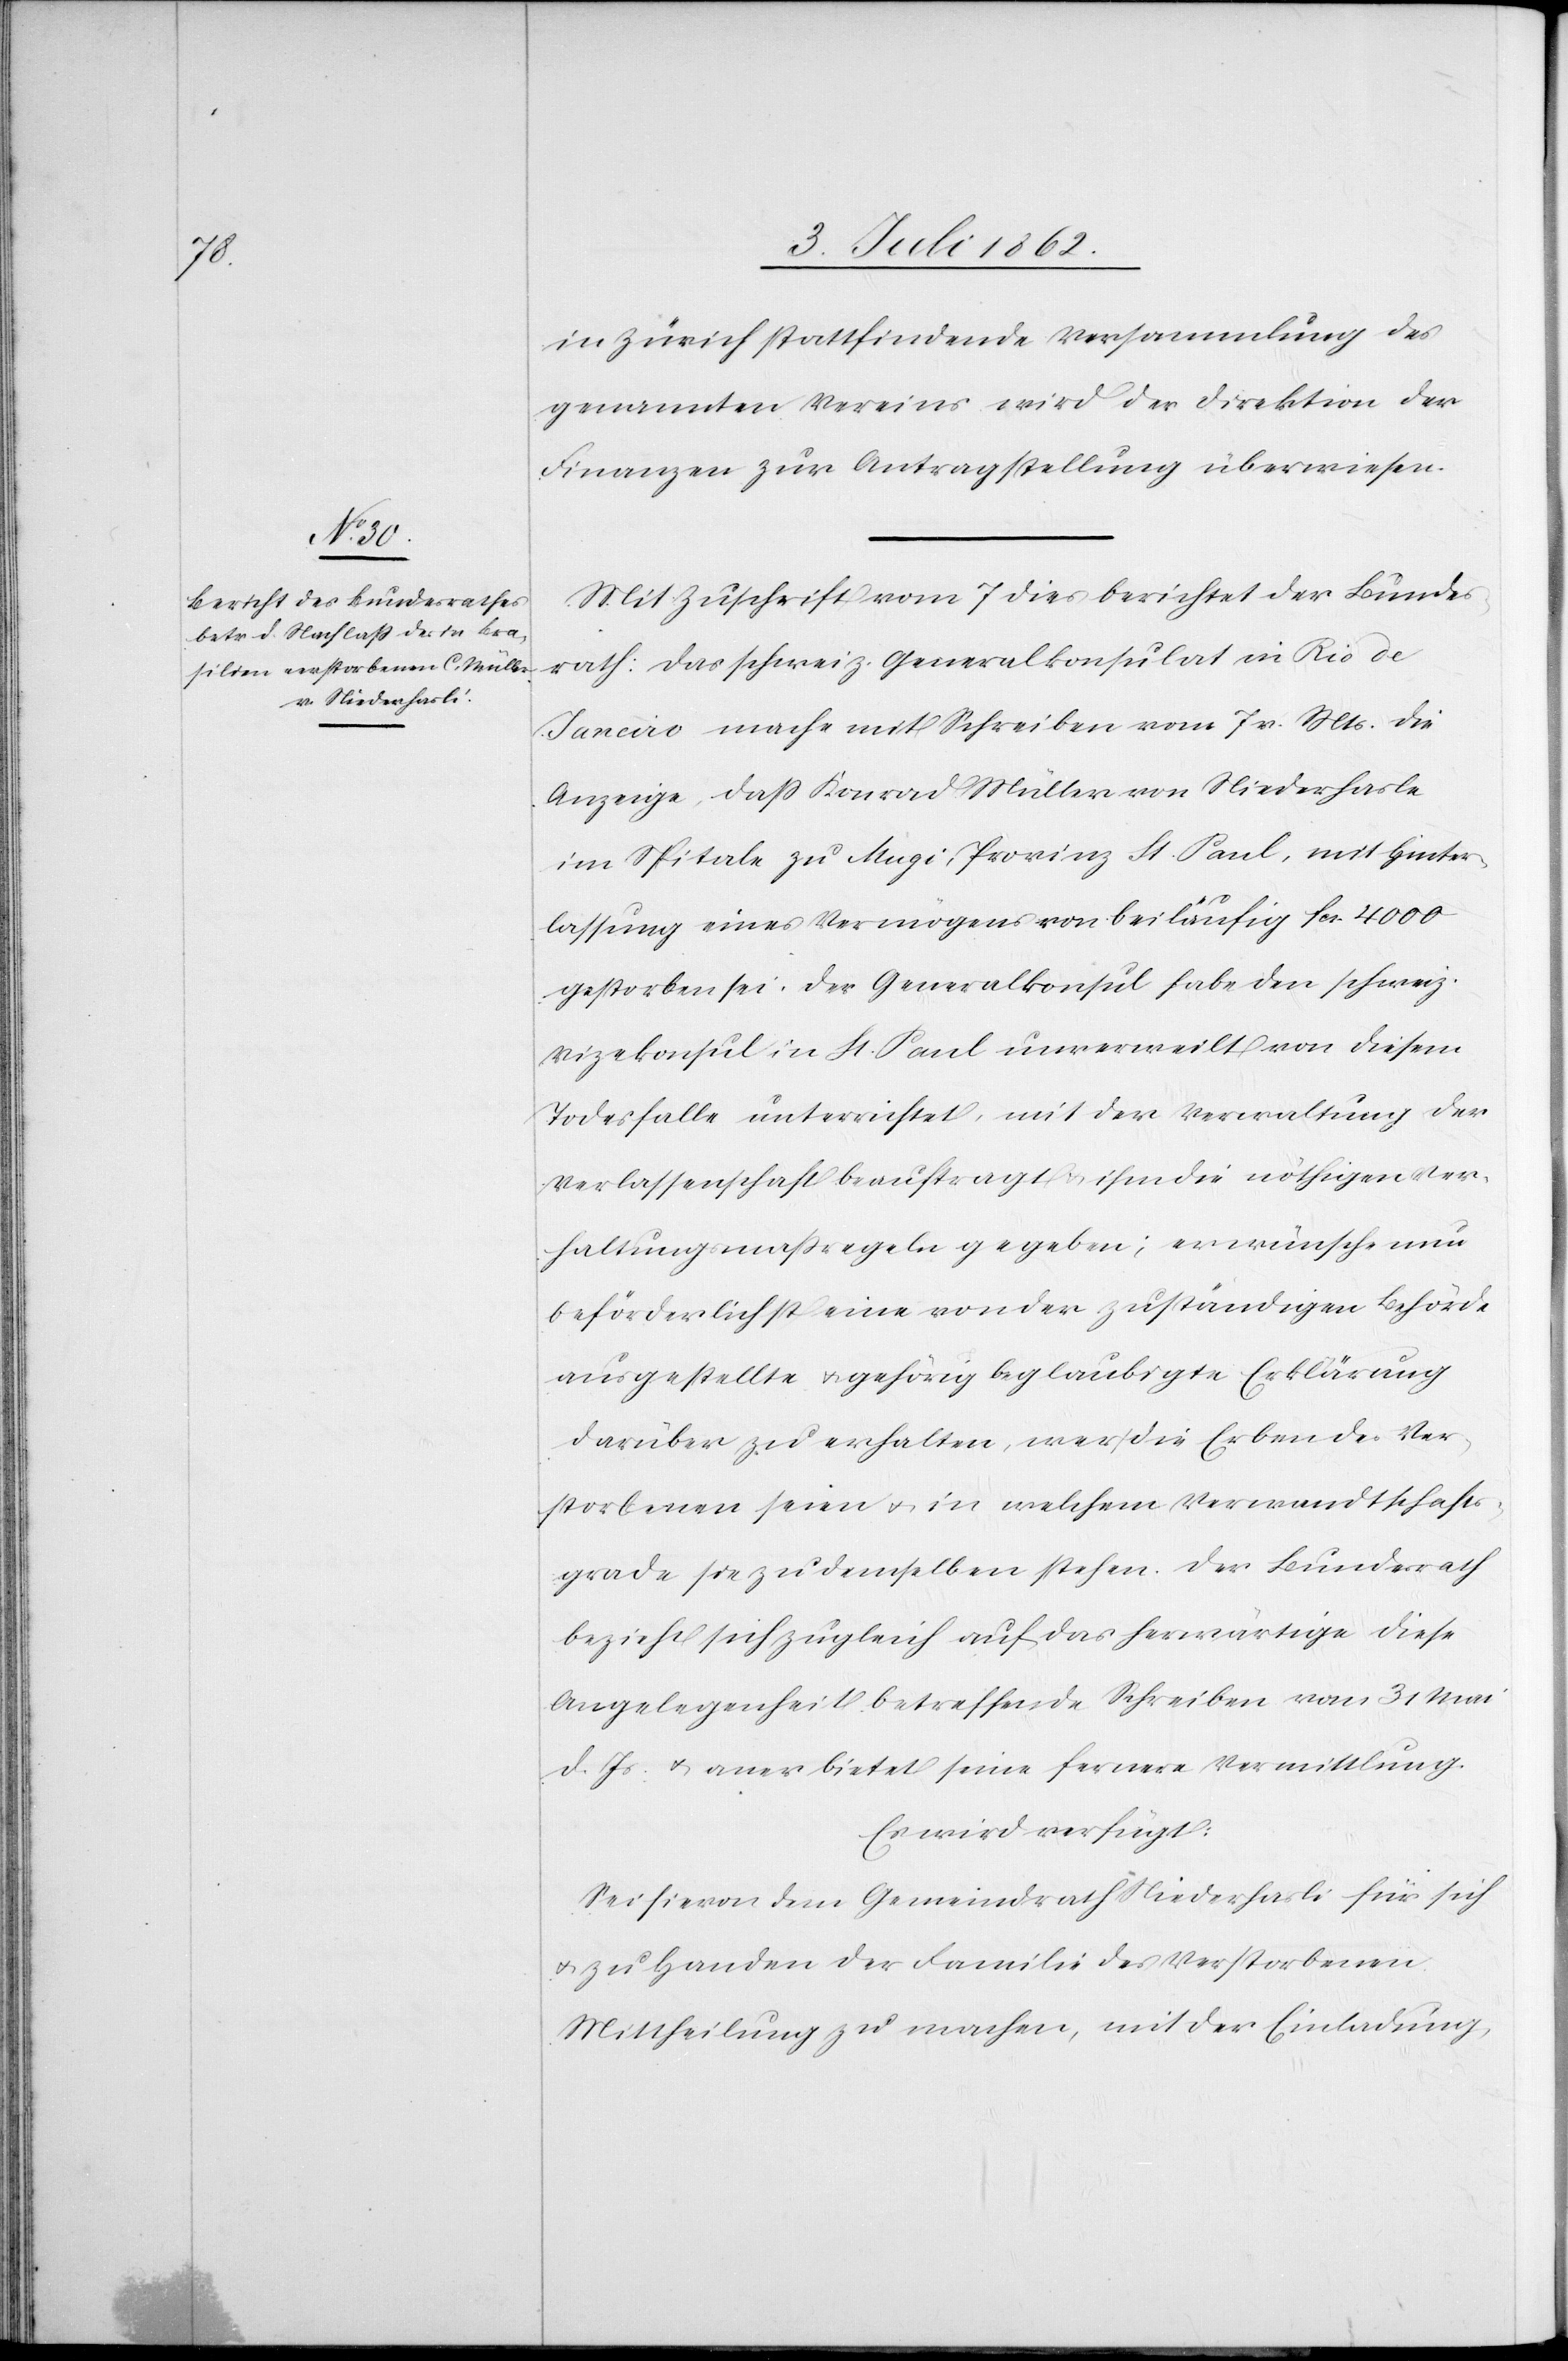
in Zürich stattfindende Versammlung des
genannten Vereins wird der Direktion der
Finanzen zur Antragstellung überwiesen.
Mit Zuschrift vom 7 dies berichtet der Bundes¬
rath: das schweiz. Generalkonsulat in Rio de
Janeiro mache mit Schreiben vom 7 v. Mts. die
Anzeige, daß Konrad [sic!] Müller von Niederhasle
im Spitale zu Mugi, Provinz St. Paul, mit Hinter¬
lassung eines Vermögens von beiläufig Fcs. 4000
gestorben sei. Der Generalkonsul habe den schweiz.
Vicekonsul in St. Paul unvermittelt von diesem
Todesfalle unterrichtet, mit der Verwaltung der
Verlassenschaft beauftragt u. ihm die nöthigen Ver¬
haltungsmaßregeln gegeben; er wünsche nun
beförderlichst eine von der zuständigen Behörde
ausgestellte u. gehörig beglaubigte Erklärung
darüber zu erhalten, wer die Erben des Ver¬
storbenen seien u. in welchem Verwandtschafts¬
grade sie zu demselben stehen. Der Bundesrath
bezieht sich zugleich auf das herwärtige diese
Angelegenheit betreffende Schreiben vom 31 Mai
d. Js. u. anerbietet seine fernere Vermittlung.
Es wird verfügt:
Sei hievon dem Gemeindrath Niederhasli für sich
u. zu Handen der Familie des Verstorbenen
Mittheilung zu machen, mit der Einladung